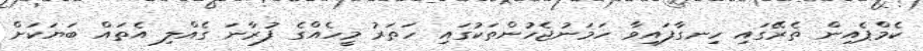
ކެމްޕެއިން ތެރޭގައި ހިނގާފައިވާ ހަމަނުޖެހުންތަކުގައި ހަތަރު މީހެއްގެ ފުރާނަ ގެއްލި އެތައް ބަޔަކަށް